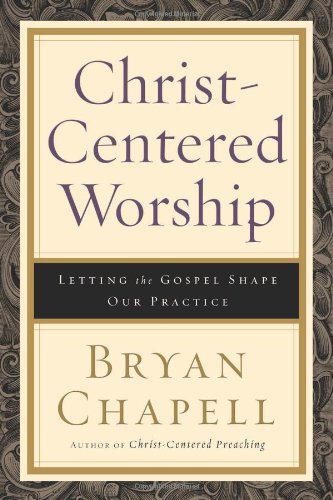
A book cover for Christ-Centered Worship: Letting the Gospel Shape Our Practice; Bryan Chapell; Christian Books & Bibles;